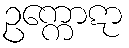
ဥက္ကောဋာ